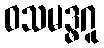
ဝသမဒ္ဓဂူ